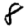
Digit: 8